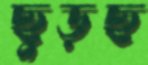
ছুড়ছ